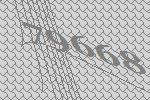
79668